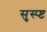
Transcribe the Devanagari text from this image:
सुस्प्ष्ट